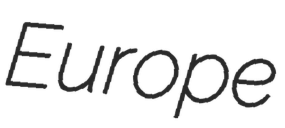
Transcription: Europe